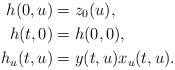
LaTeX: \begin{align*}h(0,u) & = z_0(u), \\h(t,0) & = h(0,0), \\h_{u}(t,u) & = y(t,u)x_{u}(t,u). \end{align*}